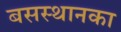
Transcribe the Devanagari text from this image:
बसस्थानका